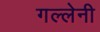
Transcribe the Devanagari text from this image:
गल्लेनी